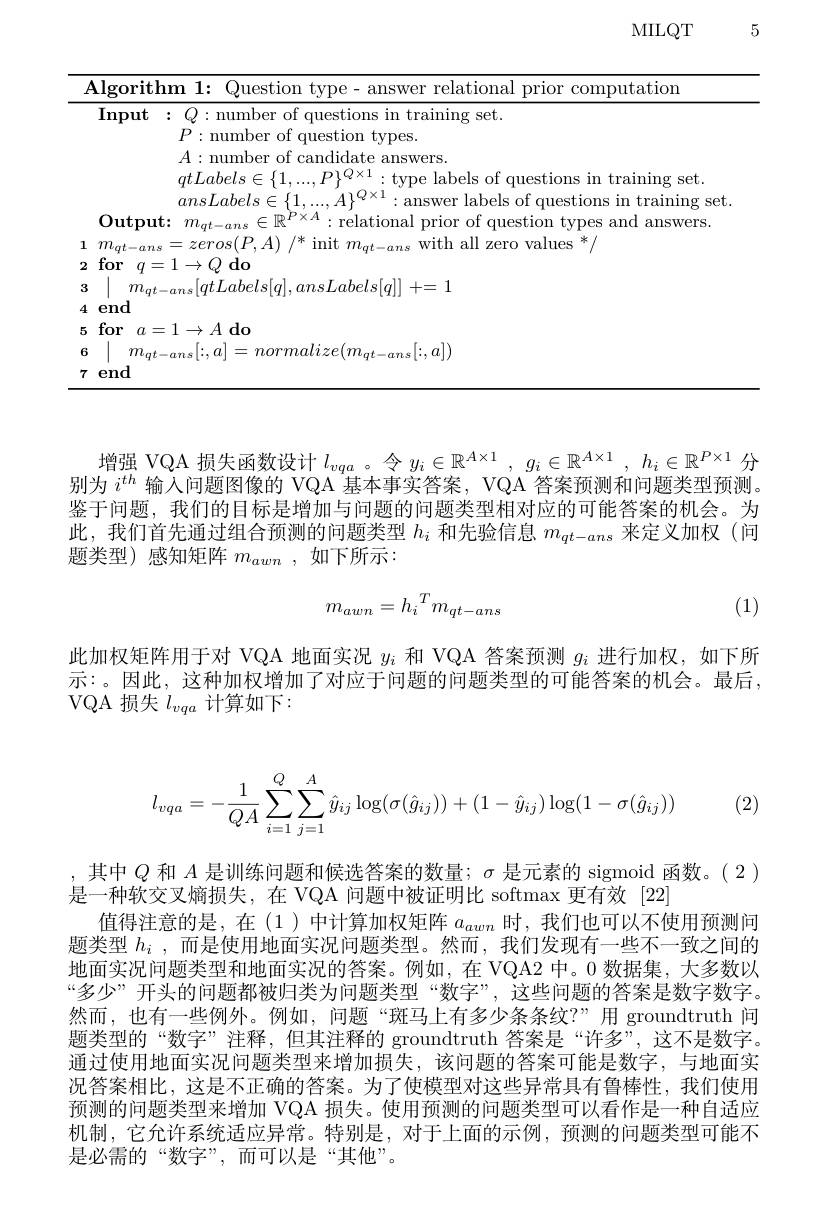
5

MILQT

<table>
	<tbody>
		<tr>
			<th>11</th>
			<th>ithm Ollestion relationa computation mswer nr10</th>
		</tr>
		<tr>
			<td>3</td>
			<td>$tlahels|a$ $asLahels|a|$ +-1</td>
		</tr>
		<tr>
			<td>4</td>
			<td> </td>
		</tr>
		<tr>
			<td>5</td>
			<td>$x=1\rightarrow A$do 11</td>
		</tr>
		<tr>
			<td>6</td>
			<td>$:,a])$ T</td>
		</tr>
		<tr>
			<td>7</td>
			<td> </td>
		</tr>
	</tbody>
</table>

增强 VQA 损失函数设计$l_vqa$ 。令$y_i\in\mathbb{R}^{A\times1},g_i\in\mathbb{R}^{A\times1},h_i\in\mathbb{R}^{P\times1}$分别为$i^{th}$输入问题图像的 VQA 基本事实答案，VQA 答案预测和问题类型预测。鉴于问题，我们的目标是增加与间题的问题类型相对应的可能答案的机会。为此，我们首先通过组合预测的问题类型$h_i$和先验信息$m_{qt-ans}$来定义加权(问题类型)感知矩阵$m_{awn}$ ,如下所示：
$$m_{awn}={h_i}^Tm_{qt-ans}$$
(1)

此加权矩阵用于对 VQA 地面实况$y_i$和 VQA 答案预测$g_i$进行加权，如下所示：。因此，这种加权增加了对应于问题的问题类型的可能答案的机会。最后， VQA 损失 $l_{vqa}$ 计算如下：

(2)
$$l_{vqa}=-\dfrac{1}{QA}\sum_{i=1}^Q\sum_{j=1}^A\hat{y}_{ij}\log(\sigma(\hat{g}_{ij}))+(1-\hat{y}_{ij})\log(1-\sigma(\hat{g}_{ij}))$$
,其中$Q$和$A$是训练问题和候选答案的数量；$\sigma$是元素的 sigmoid 函数。(2)
是一种软交叉熵损失，在 VQA 问题中被证明比 softmax 更有效 [22]
值得注意的是，在(1)中计算加权矩阵$a_{awn}$时，我们也可以不使用预测问题类型$h_i$,而是使用地面实况问题类型。然而，我们发现有一些不一致之间的地面实况问题类型和地面实况的答案。例如，在 VQA2 中。0 数据集，大多数以“多少”开头的问题都被归类为问题类型“数字”,这些问题的答案是数字数字。然而，也有一些例外。例如，问题“斑马上有多少条条纹？”用 groundtruth 问题类型的“数字”注释，但其注释的 groundtruth 答案是“许多”,这不是数字。通过使用地面实况问题类型来增加损失，该问题的答案可能是数字，与地面实况答案相比，这是不正确的答案。为了使模型对这些异常具有鲁棒性，我们使用预测的问题类型来增加 VQA 损失。使用预测的问题类型可以看作是一种自适应机制，它允许系统适应异常。特别是，对于上面的示例，预测的问题类型可能不是必需的“数字”,而可以是“其他”。